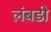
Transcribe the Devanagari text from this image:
लंबडी